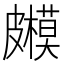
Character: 𥀳